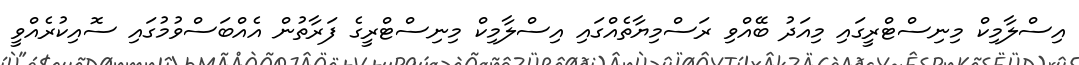
އިސްލާމިކް މިނިސްޓްރީގައި މިއަދު ބޭއްވި ރަސްމިޔާތެއްގައި އިސްލާމިކް މިނިސްޓްރީގެ ފަރާތުން އެއްބަސްވުމުގައި ސޮއިކުރެއްވީ